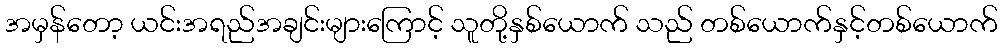
အမှန်တော့ ယင်းအရည်အချင်းများကြောင့် သူတို့နှစ်ယောက် သည် တစ်ယောက်နှင့်တစ်ယောက်